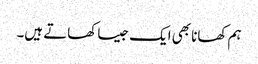
ہم کھانا بھی ایک جیسا کھاتے ہیں۔